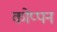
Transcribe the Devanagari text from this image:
कोप्पन